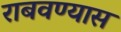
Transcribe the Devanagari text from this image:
राबवण्यास